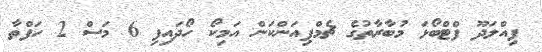
ފިއްލަދޫ ފްޓްބޯޅަ މުބާރާތުގެ ޗެމްޕިއަންކަން އަމިކޯ ހޯދައިފި 6 މަސް 2 ހަފްތާ